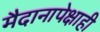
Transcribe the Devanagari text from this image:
मैदानापेक्षाही